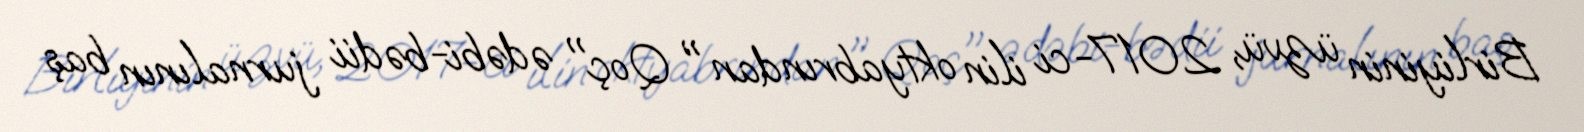
Birliyinin üzvü, 2017-ci ilin oktyabrından " Qoç" ədəbi-bədii jurnalının baş